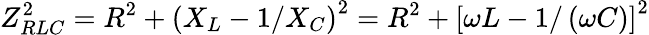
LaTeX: Z_{RLC}^{2}=R^{2}+\left(X_{L}-1/X_{C}\right)^{2}=R^{2}+\left[\omega L-1/\left(\omega C\right)\right]^{2}